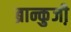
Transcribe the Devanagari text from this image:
ब्रान्कुजी़